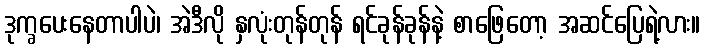
ဒုက္ခပေးနေတာပါပဲ၊ အဲဒီလို နှလုံးတုန်တုန် ရင်ခုန်ခုန်နဲ့ စာဖြေတော့ အဆင်ပြေရဲ့လား။